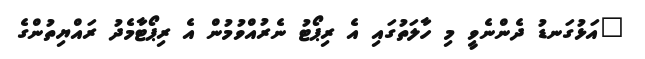
"އަޅުގަނޑު ދެންނެވީ މި ހާލަތުގައި އެ ރިޕޯޓު ނެރުއްވުމުން އެ ރިޕޯޓާމެދު ރައްޔިތުންގެ